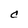
Character: C